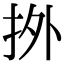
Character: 𢫑